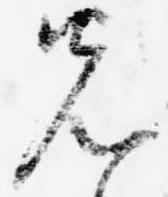
先